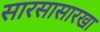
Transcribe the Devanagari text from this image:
सारसासारखा